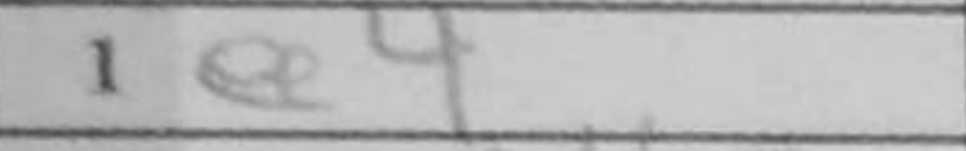
Transcription: e4